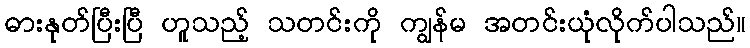
ဓားနုတ်ပြီးပြီ ဟူသည့် သတင်းကို ကျွန်မ အတင်းယုံလိုက်ပါသည်။